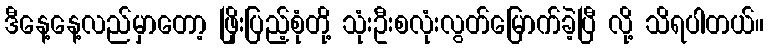
ဒီနေ့နေ့လည်မှာတော့ ဖြိုးပြည့်စုံတို့ သုံးဦးစလုံးလွတ်မြောက်ခဲ့ပြီ လို့ သိရပါတယ်။